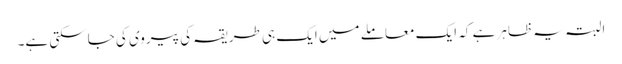
البتہ یہ ظاہر ہے کہ ایک معاملے میں ایک ہی طریقہ کی پیروی کی جاسکتی ہے۔